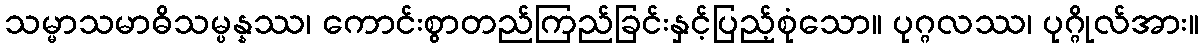
သမ္မာသမာဓိသမ္ပန္နဿ၊ ကောင်းစွာတည်ကြည်ခြင်းနှင့်ပြည့်စုံသော။ ပုဂ္ဂလဿ၊ ပုဂ္ဂိုလ်အား။